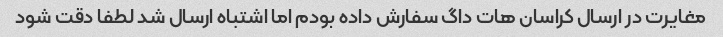
مغایرت در ارسال کراسان هات داگ سفارش داده بودم اما اشتباه ارسال شد لطفا دقت شود